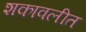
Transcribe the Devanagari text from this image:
शकावलीत